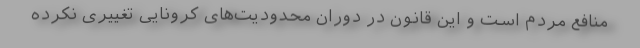
منافع مردم است و این قانون در دوران محدودیت‌های کرونایی تغییری نکرده